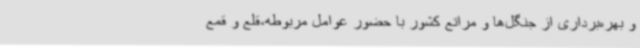
و بهره‌برداری از جنگل‌ها و مراتع کشور با حضور عوامل مربوطه،قلع و قمع